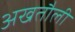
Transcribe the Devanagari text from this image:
अखतौली